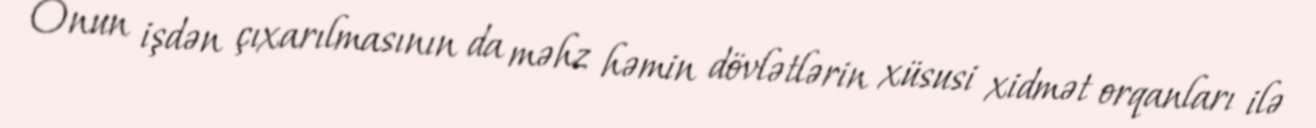
Onun işdən çıxarılmasının da məhz həmin dövlətlərin xüsusi xidmət orqanları ilə